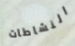
النشاطات